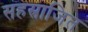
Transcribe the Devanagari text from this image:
सहस्राजित